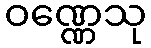
ဝဏ္ဏေသု